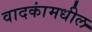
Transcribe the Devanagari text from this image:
वादकांमधील